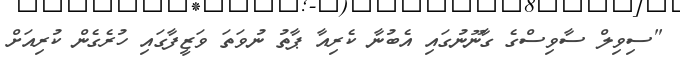
"ސިވިލް ސާވިސްގެ ގާނޫނުގައި އެބުނާ ކެރިއާ ޕާތު ނުވަތަ ވަޒީފާގައި ހުރެގެން ކުރިއަށް